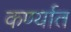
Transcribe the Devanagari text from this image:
कर्ण्यात